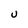
Character: U